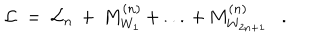
LaTeX: { \cal L } \ = \ { \cal L } _ { n } \, + \, M _ { W _ { 1 } } ^ { ( n ) } \, + \, . . . \, + \, M _ { W _ { 2 n + 1 } } ^ { ( n ) } \ \ \ .